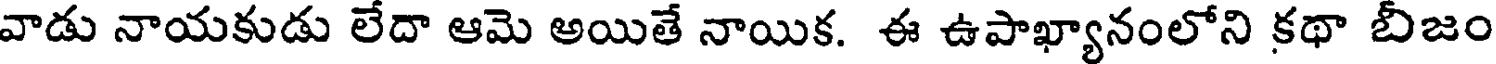
వాడు నాయకుడు లేదా ఆమె అయితే నాయిక. ఈ ఉపాఖ్యానంలోని కథా బీజం